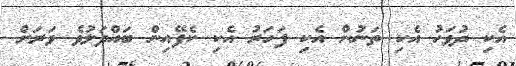
އެކި ދުވަހު އެކި ތަނުން އެކި ފަހަރު އެކި ކެފޭއިން ބައްދަލުވެ ވަރަށް